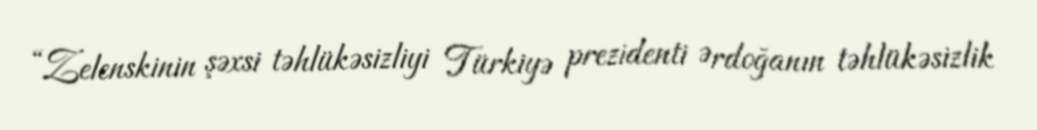
“Zelenskinin şəxsi təhlükəsizliyi Türkiyə prezidenti Ərdoğanın təhlükəsizlik